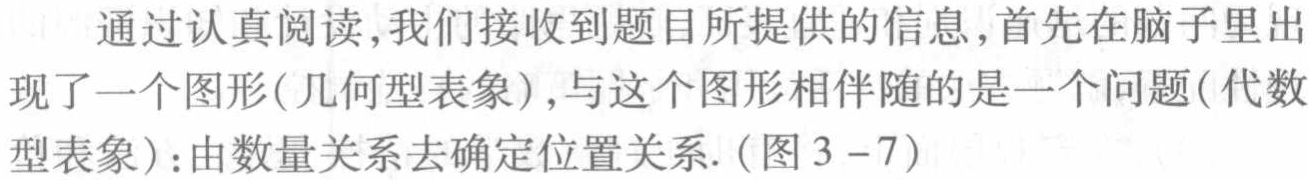
通过认真阅读,我们接收到题目所提供的信息,首先在脑子里出现了一个图形(几何型表象),与这个图形相伴随的是一个问题(代数型表象):由数量关系去确定位置关系.(图3 - 7)